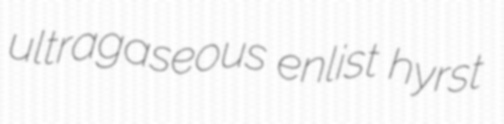
ultragaseous enlist hyrst